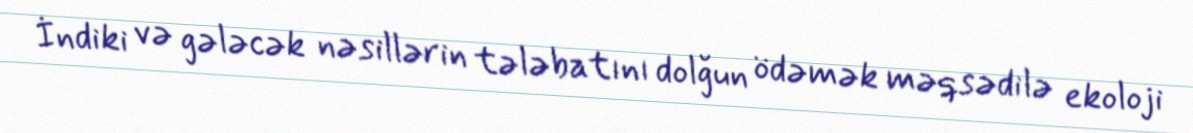
İndiki və gələcək nəsillərin tələbatını dolğun ödəmək məqsədilə ekoloji